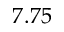
7 . 7 5